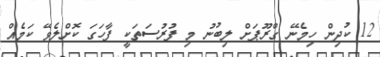
12 ކުދިން ހިމެނޭ ގްރޫޕަށް ލިބުނު މި ފުރުސަތަކީ ފާހަގަ ކޮށްލެވޭ ކަމެއް